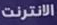
الانترنت